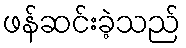
ဖန်ဆင်းခဲ့သည်